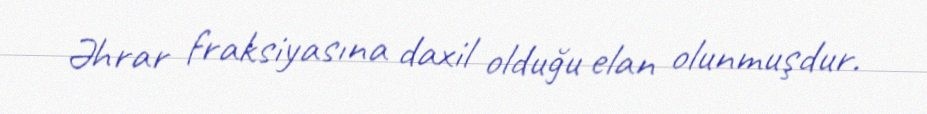
Əhrar fraksiyasına daxil olduğu elan olunmuşdur.